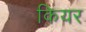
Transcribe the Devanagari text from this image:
कियर